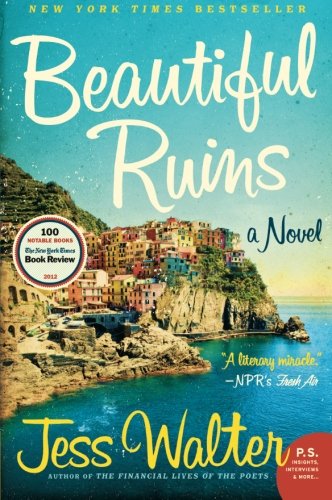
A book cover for Beautiful Ruins: A Novel; Jess Walter; Romance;